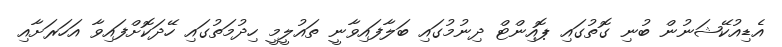
އެޑިއުކޭޝަނުން ބުނި ގޮތުގައި ޕޮއިންޓް ދިނުމުގައި ބަލާފައިވާނީ ތައުލީމީ ހިދުމަތުގައި ހޭދަކޮށްފައިވާ އަހަރަށާއި